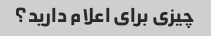
چیزی برای اعلام دارید؟